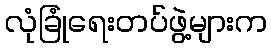
လုံခြုံရေးတပ်ဖွဲ့များက